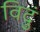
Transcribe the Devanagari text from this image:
विदुं